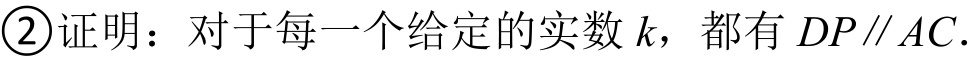
\textcircled{2}证明：对于每一个给定的实数\(k\)，都有\(DP\parallel AC\)．